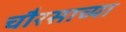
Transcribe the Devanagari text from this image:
चौरसाच्या